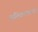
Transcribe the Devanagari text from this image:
अतिक्रमणानंतर